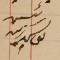
رئيس يوسف زينه